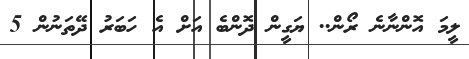
ލީމަ އޮންނާނެ ރޯން.. ޔަގީން ދޮންބެ އަށް އެ ހަބަރު ދޭތަނުން 5